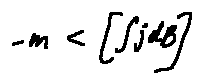
- m < [ \int j d B ]